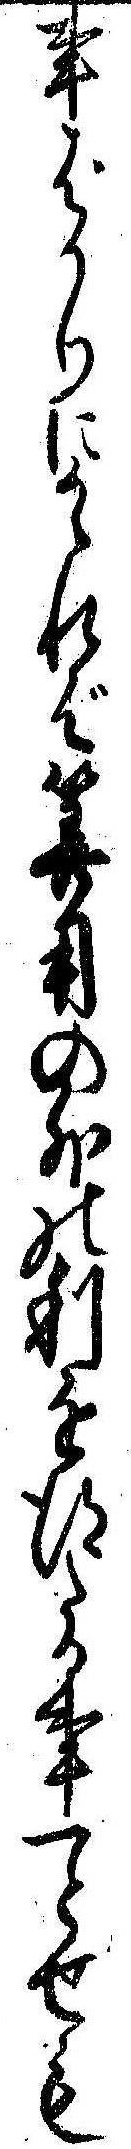
事ばかりにかゝれば算用の外の利を得たる事一とせも